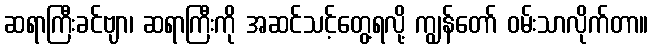
ဆရာကြီးခင်ဗျာ၊ ဆရာကြီးကို အဆင်သင့်တွေ့ရလို့ ကျွန်တော် ဝမ်းသာလိုက်တာ။